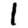
Digit: 1